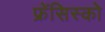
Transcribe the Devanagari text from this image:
फ्रेंसिस्‍को